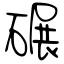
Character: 碾